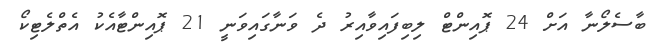
ބާސެލޯނާ އަށް 24 ޕޮއިންޓް ލިބިފައިވާއިރު ދެ ވަނާގައިވަނީ 21 ޕޮއިންޓާއެކު އެތްލެޓިކޯ